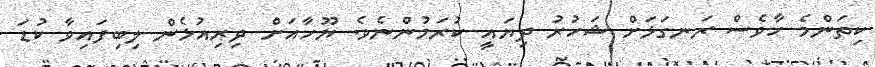
ކިތަންމެ ހާވެސް ރަނގަޅަށް ޝަހުރު ދިޔައީ ކުރަމުންނެވެ. ޔޫހާއަށް ދިރިއުޅެން ލިބިފައިވާ ކުޑަ